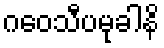
ဂဝေသီပမုခါနိ